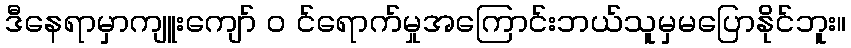
ဒီနေရာမှာကျူးကျော် ၀ င်ရောက်မှုအကြောင်းဘယ်သူမှမပြောနိုင်ဘူး။